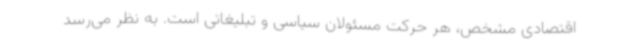
اقتصادی مشخص، هر حرکت مسئولان سیاسی و تبلیغاتی است. به نظر می‌رسد